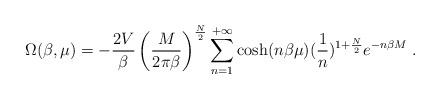
LaTeX: \begin{align*}\Omega(\beta,\mu)=-{2V\over\beta} \left({M \over2\pi\beta}\right)^{N\over 2} \sum_{n=1}^{+\infty}\cosh(n\beta\mu) ({1 \over n})^{1+{N\over 2}}e^{-n\beta M}\;.\end{align*}